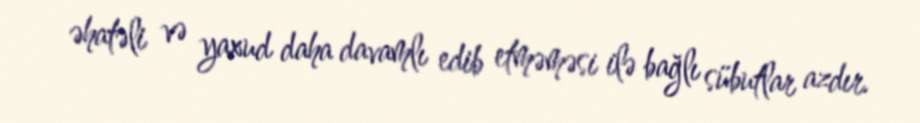
əhatəli və yaxud daha davamlı edib etməməsi ilə bağlı sübutlar azdır.